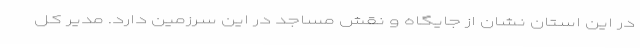
در این استان نشان از جایگاه و نقش مساجد در این سرزمین دارد. مدیر کل